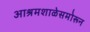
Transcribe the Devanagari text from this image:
आश्रमशाळेसमोरून